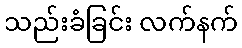
သည်းခံခြင်း လက်နက်